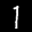
Label: 1